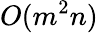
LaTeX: O(m^{2}n)